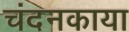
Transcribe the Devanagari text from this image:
चंदनकाया